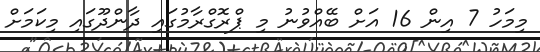
މިމަހު 7 އިން 16 އަށް ބޭއްވުނު މި ޕްރޮގްރާމުގައި ދާންދޫގައި މިކަމަށް